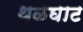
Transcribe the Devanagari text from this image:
थळघाट